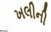
ખલીની